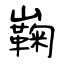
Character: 巈